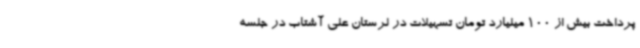
پرداخت بیش از 100 میلیارد تومان تسهیلات در لرستان علی آشتاب در جلسه